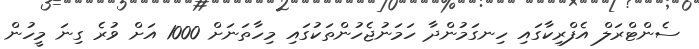
ސެންޓްރަލް އެފްރިކާގައި ހިނގަމުންދާ ހަމަނުޖެހުންތަކުގައި މިހާތަނަށް 1000 އަށް ވުރެ ގިނަ މީހުން